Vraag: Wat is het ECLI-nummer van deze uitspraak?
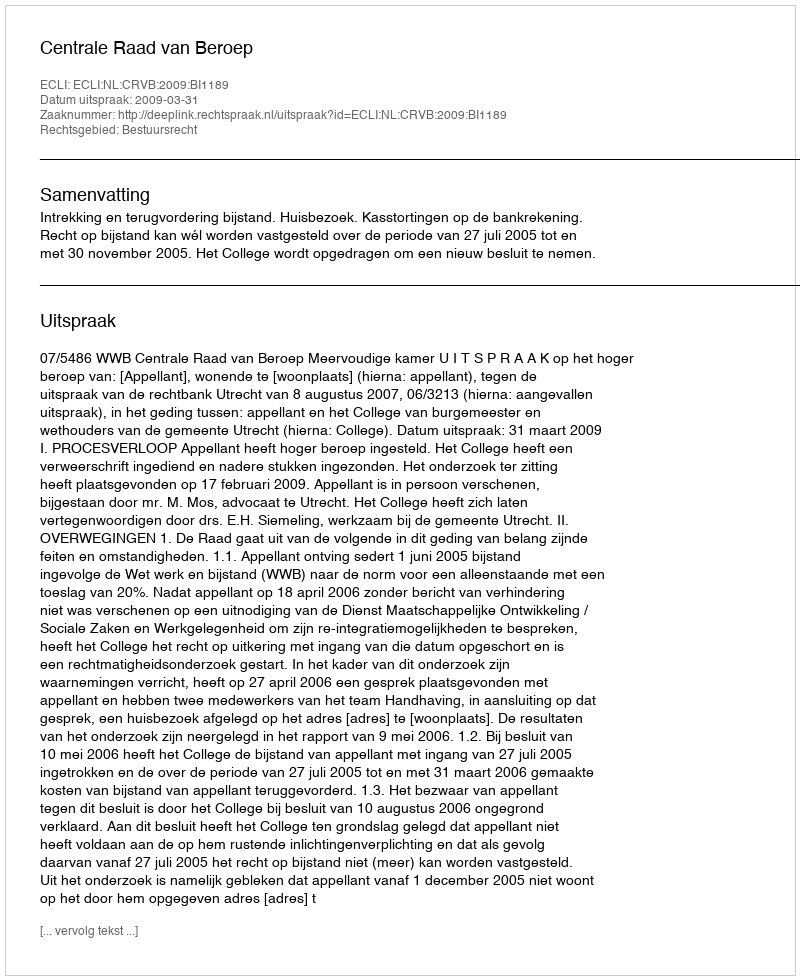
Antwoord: ECLI:NL:CRVB:2009:BI1189